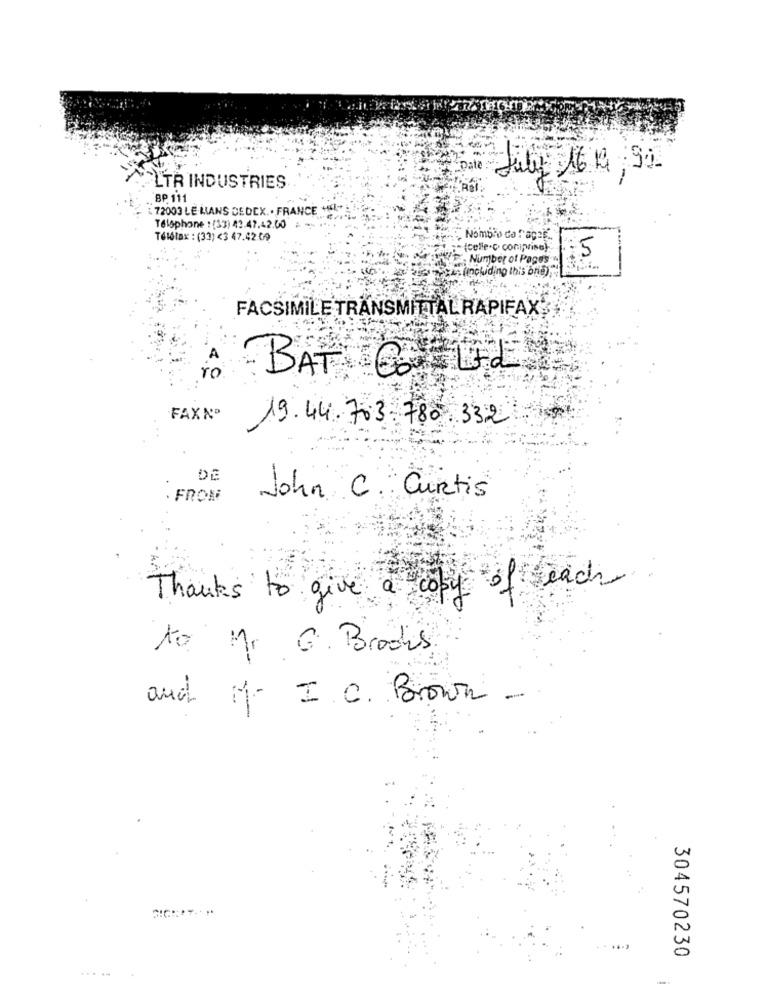
Date
July 16 19, 90
LTR INDUSTRIES
BP 111
72003 LE MANS CEDEX. . FRANCE +
Telephone : (33) 43.47.42.00
Télélax : (33) <3 47.42.09
Nombro do Papag
1.5
Number of Pages
(including this brio)
FACSIMILE TRANSMITTAL RAPIFAX
BAT GO LEA
4. 0
FAX NO
19.44.703. 780 , 332
DE
. FROM
John C. Curtis
Thanks to give a copy of each
to M. G. Brooks
and M. I. C. Brown
304570230